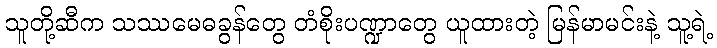
သူတို့ဆီက သဿမေဓခွန်တွေ တံစိုးပဏ္ဍာတွေ ယူထားတဲ့ မြန်မာမင်းနဲ့ သူ့ရဲ့